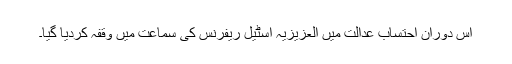
اس دوران احتساب عدالت میں العزیزیہ اسٹیل ریفرنس کی سماعت میں وقفہ کردیا گیا۔